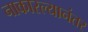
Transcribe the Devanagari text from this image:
नाकारल्यानंतर